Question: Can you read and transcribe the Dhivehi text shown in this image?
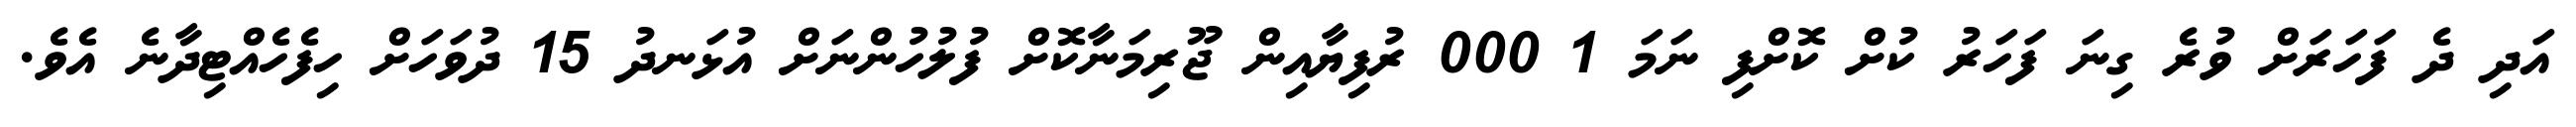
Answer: އަދި ދެ ފަހަރަށް ވުރެ ގިނަ ފަހަރު ކުށް ކޮށްފި ނަމަ 1 000 ރުފިޔާއިން ޖޫރިމަނާކޮށް ފުލުހުންނަށް އުޅަނދު 15 ދުވަހަށް ހިފެހެއްޓިދާނެ އެވެ.